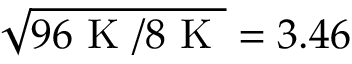
\sqrt { 9 6 \textrm { K } / 8 \textrm { K } } = 3 . 4 6